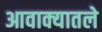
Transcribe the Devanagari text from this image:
आवाक्यातले